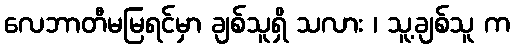
လေဘာတီမမြရင်မှာ ချစ်သူရှိ သလား ၊ သူ့ချစ်သူ က